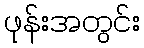
ဖုန်းအတွင်း